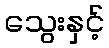
သွေးနှင့်